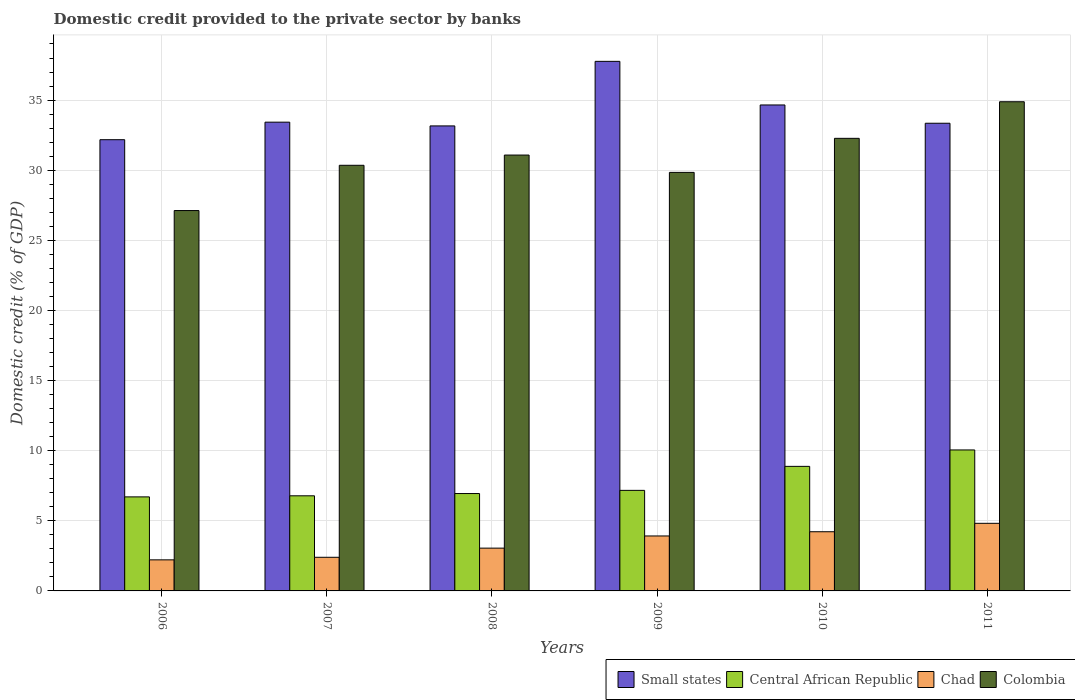
| Years | Small states | Central African Republic | Chad | Colombia |
 | --- | --- | --- | --- | --- |
 | 2006 | 32.2 | 6.71 | 2.22 | 27.1 |
 | 2007 | 33.4 | 6.78 | 2.4 | 30.4 |
 | 2008 | 33.2 | 6.94 | 3.05 | 31.1 |
 | 2009 | 37.8 | 7.17 | 3.92 | 29.8 |
 | 2010 | 34.7 | 8.88 | 4.22 | 32.3 |
 | 2011 | 33.3 | 10.1 | 4.82 | 34.9 |